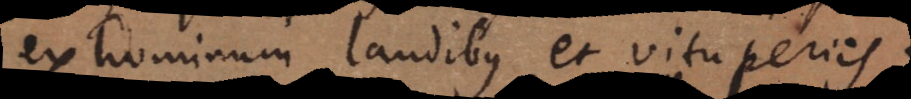
ex hominum laudibus et vituperiis.